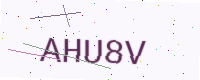
Text: AHU8V